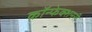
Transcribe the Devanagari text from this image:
कॉन्फेक्शनरी